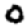
Digit: 0